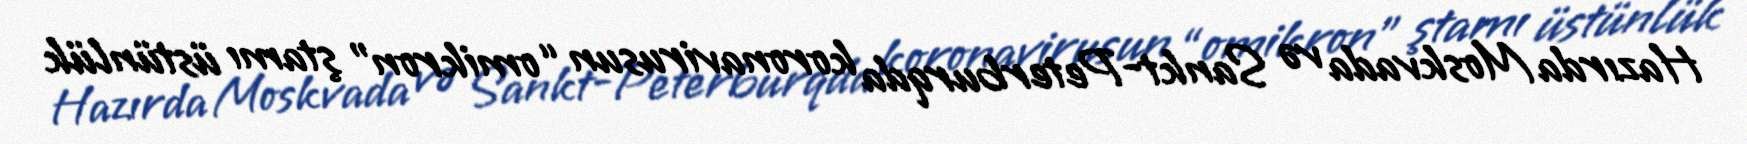
Hazırda Moskvada və Sankt-Peterburqda koronavirusun “omikron” ştamı üstünlük